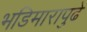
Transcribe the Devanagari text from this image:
भडिमारापुढे